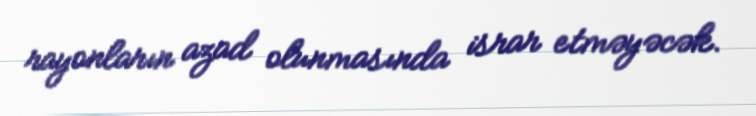
rayonların azad olunmasında israr etməyəcək.